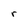
Character: r